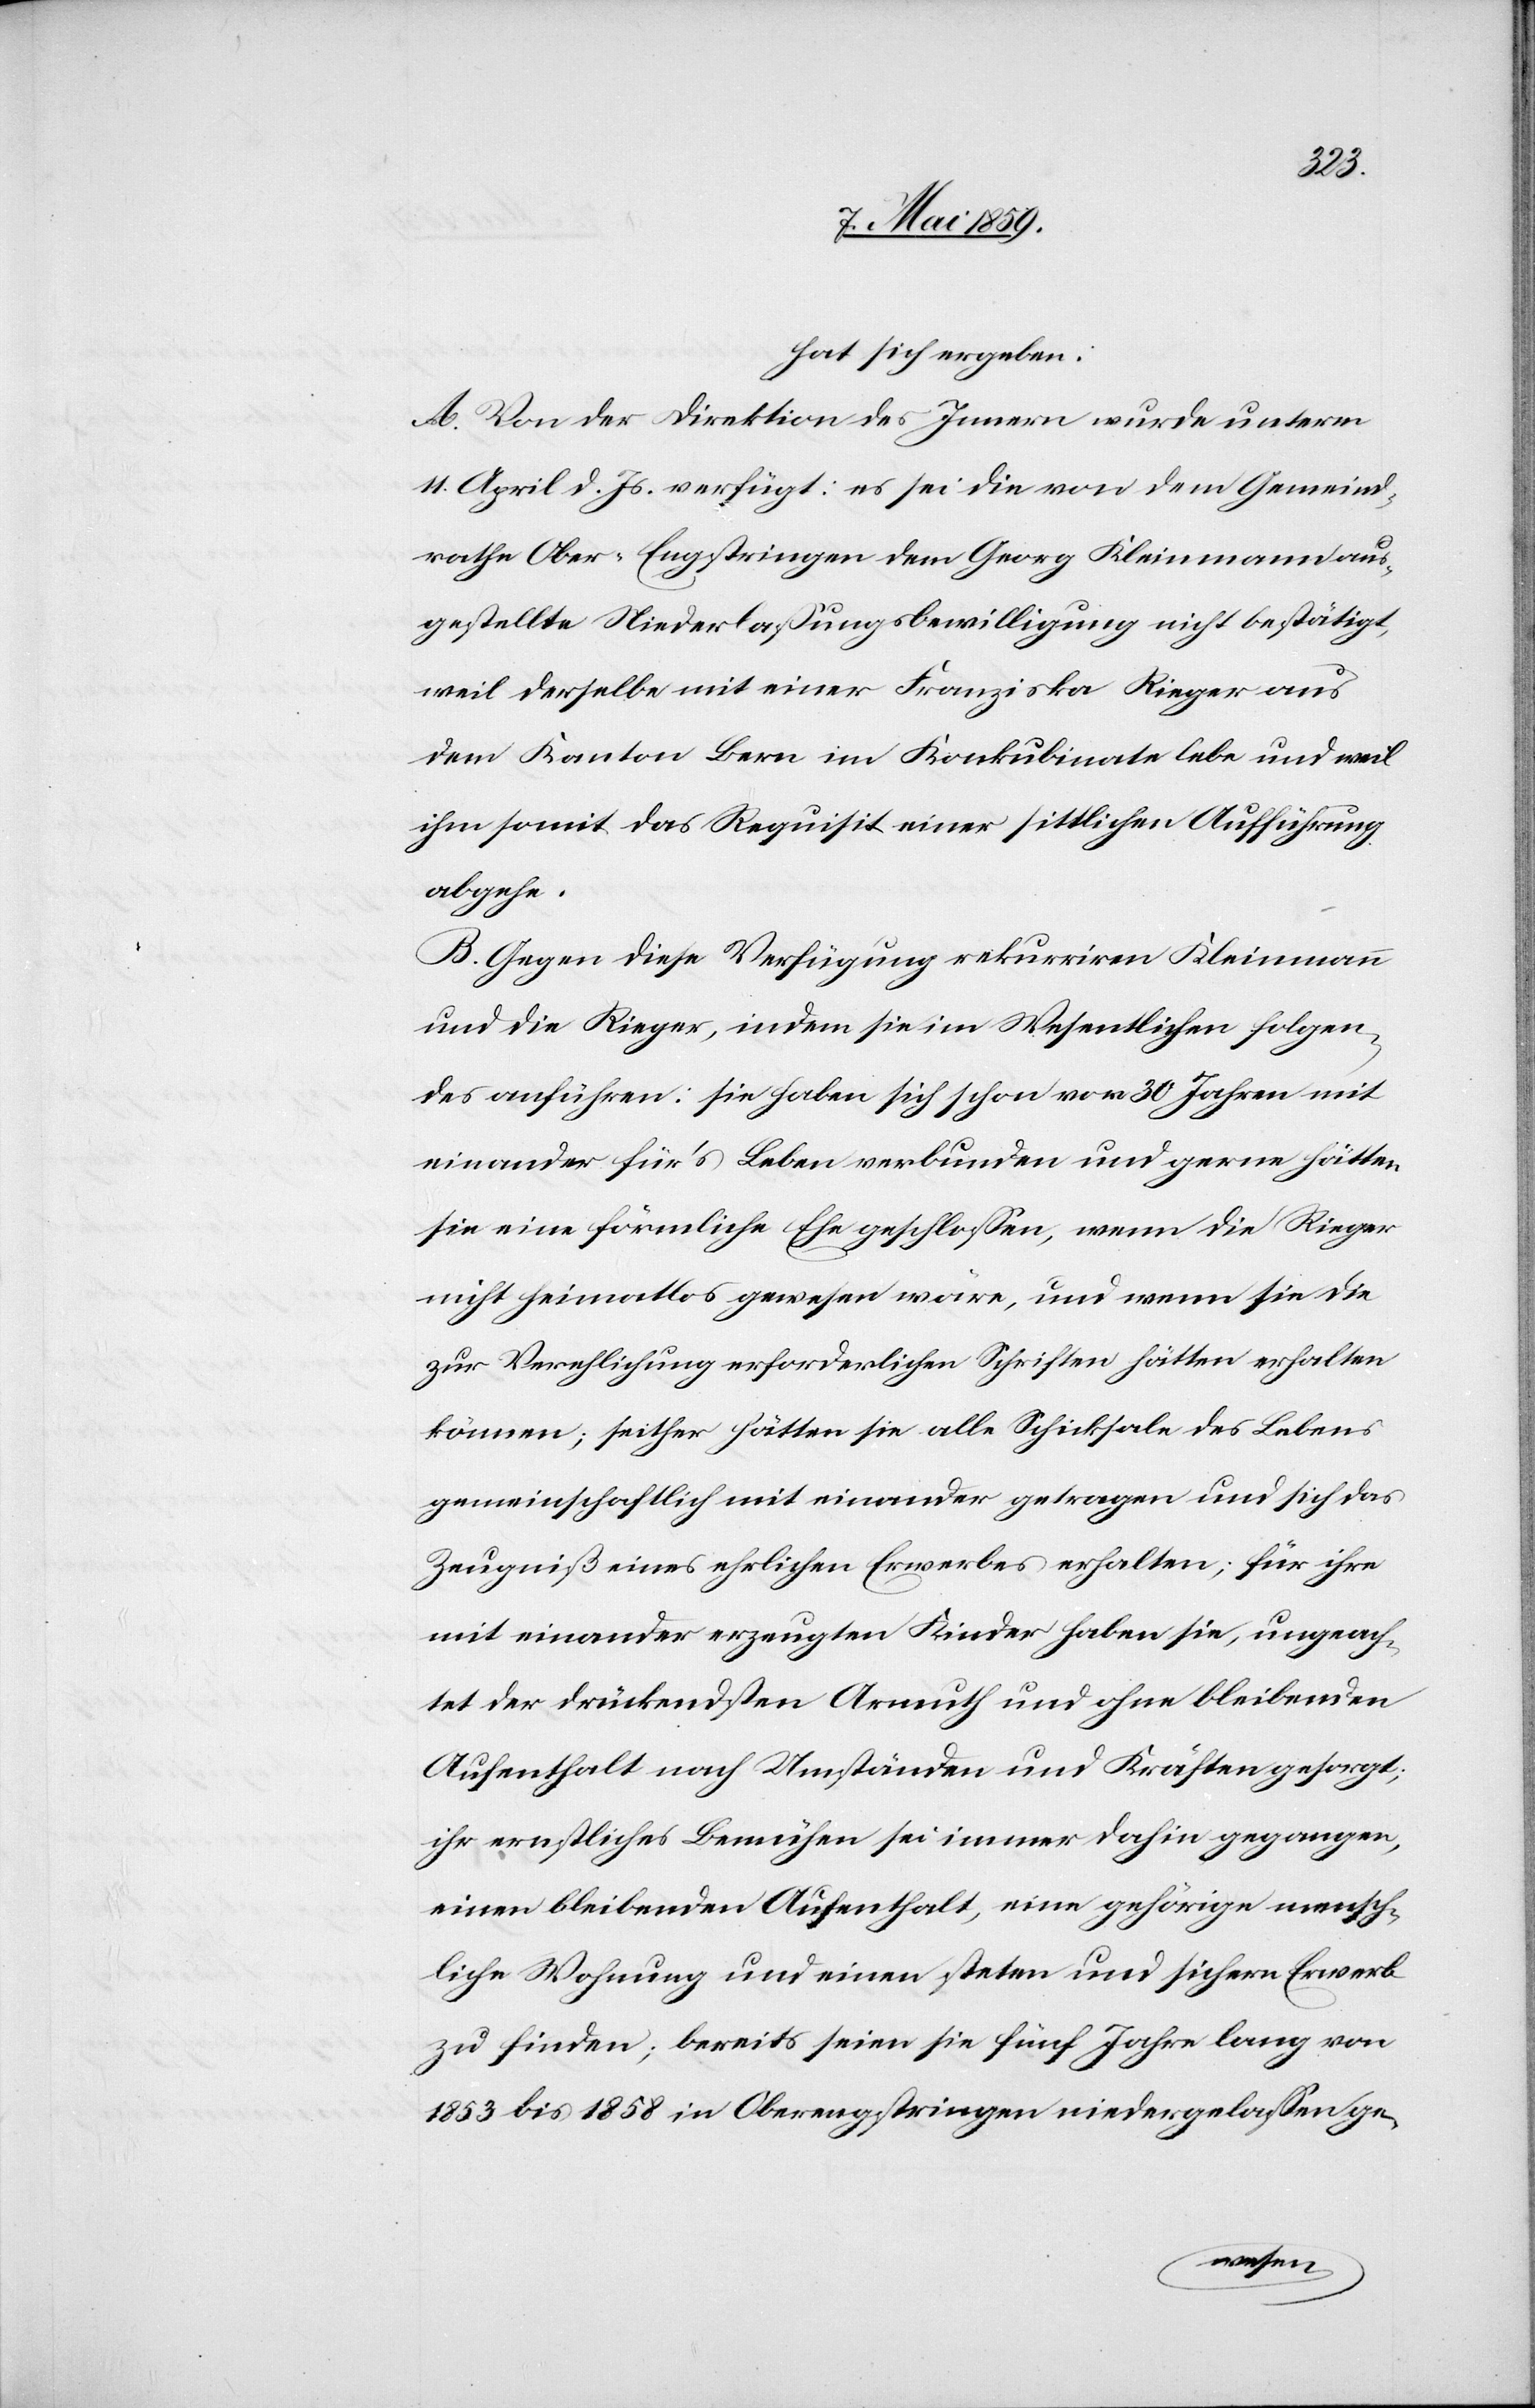
hat sich ergeben:
A. Von der Direktion des Innern wurde unterm
11. April d. Js. verfügt: es sei die von dem Gemeind¬
rathe Ober-Engstringen dem Georg Kleinmann aus¬
gestellte Niederlaßungsbewilligung nicht bestätigt,
weil derselbe mit einer Franziska Rieger aus
dem Kanton Bern im Konkubinate lebe und weil
ihm somit das Requisit einer sittlichen Aufführung
abgehe.
B. Gegen diese Verfügung rekurriren Kleinmann
und die Rieger, indem sie im Wesentlichen folgen¬
des anführen: sie haben sich schon vor 30 Jahren mit
einander für’s Leben verbunden und gerne hätten
sie eine förmliche Ehe geschloßen, wenn die Rieger
nicht heimatlos gewesen wäre, und wenn sie die
zur Verehlichung erforderlichen Schriften hätten erhalten
können; seither hätten sie alle Schicksale des Lebens
gemeinschaftlich mit einander getragen und sich das
Zeugniß eines ehrlichen Erwerbes erhalten; für ihre
mit einander erzeugten Kinder haben sie, ungeach¬
tet der drückendsten Armuth und ohne bleibenden
Aufenthalt nach Umständen und Kräften gesorgt;
ihr ernstliches Bemühen sei immer dahin gegangen,
einen bleibenden Aufenthalt, eine gehörige mensch¬
liche Wohnung und einen steten und sichern Erwerb
zu finden; bereits seien sie fünf Jahre lang von
1853 bis 1858 in Oberengstringen niedergelaßen ge-